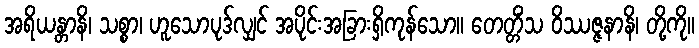
အရိယန္တာနိ၊ သစ္စာ၊ ဟူသောပုဒ်လျှင် အပိုင်းအခြားရှိကုန်သော။ တေတ္တိံသ ဝိဿဇ္ဇနာနိ၊ တို့ကို။